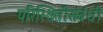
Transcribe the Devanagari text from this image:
परिस्थितीसंबंधी